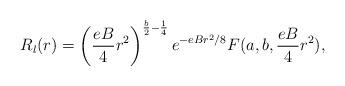
LaTeX: \begin{align*}R_{l}(r) = \left( \frac{eB}{4} r^{2} \right)^{ \frac{b}{2} -\frac{1}{4} } e^{ - eBr^{2}/8 } F(a, b, \frac{eB}{4} r^{2}),\end{align*}